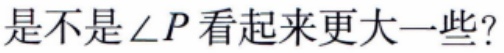
是不是\(\angle P\)看起来更大一些？